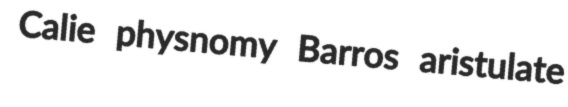
Calie physnomy Barros aristulate